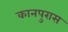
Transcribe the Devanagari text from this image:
कानपुरास